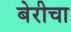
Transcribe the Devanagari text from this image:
बेरीचा